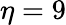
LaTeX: \eta=9